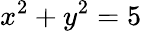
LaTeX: x^{2}+y^{2}=5